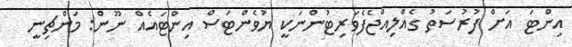
އިންޓަ އަށް ފުރުސަތު ގެއްލިއްޖެފެވަރިޓުންނަކީ ޔުވެންޓަސް އިންޓައެއް ނޫން: މަންޗިނީ